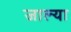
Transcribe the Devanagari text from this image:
जाल्या